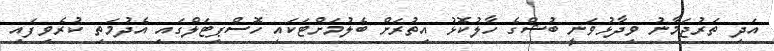
އަދި ތަރުޖަމާނު ވިދާޅުވަނީ ބުޝްގެ ހާލުކޮޅު އިތުރަށް ބެލުމަށްޓަކައި ހޮސްޕިޓަލްގައި އެދުމަތި ކުރެވިފައި